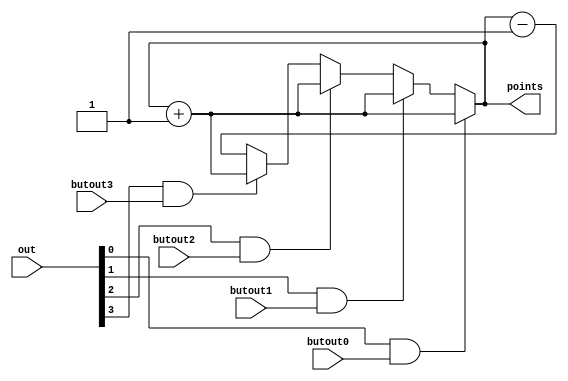
`timescale 1ns / 1ps
//////////////////////////////////////////////////////////////////////////////////
// Company: 
// Engineer: 
// 
// Design Name: 
// Module Name:    pointcounter 
// Project Name: 
// Target Devices: 
// Tool versions: 
// Description: 
//
// Dependencies: 
//
// Revision: 
// Revision 0.01 - File Created
// Additional Comments: 
//
//////////////////////////////////////////////////////////////////////////////////
module pointcounter(out,butout0,butout1,butout2,butout3,points
    );
	 
	 input [3:0] out;
	 input butout0,butout1,butout2,butout3;
	 output reg [7:0] points = 8'b00000000;
	 
	 
	 always @(butout0,butout1,butout2,butout3) begin
	 if(out[0] == 1 && butout0 == 1)begin
	 points = points + 8'b00000001;
	 end
	 
	 else if(out[1] == 1 && butout1 == 1)begin
	 points = points + 8'b00000001;
	 end
	 
	 else if(out[2] == 1 && butout2 == 1)begin
	 points = points + 8'b00000001;
	 end
	 
	 else if(out[3] == 1 && butout3 == 1)begin
	 points = points + 8'b00000001;
	 end
	 
	 else begin
	 points = points - 8'b00000001;
	 end
	 end
	 

//This module is counting the players score. If button is pressed while the LED is on he gets a 1 point otherwise he loses 1.
endmodule